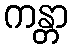
ကန္တာ